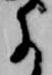
に